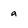
Character: a